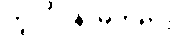
ဟူလို။ နာမ်တရား